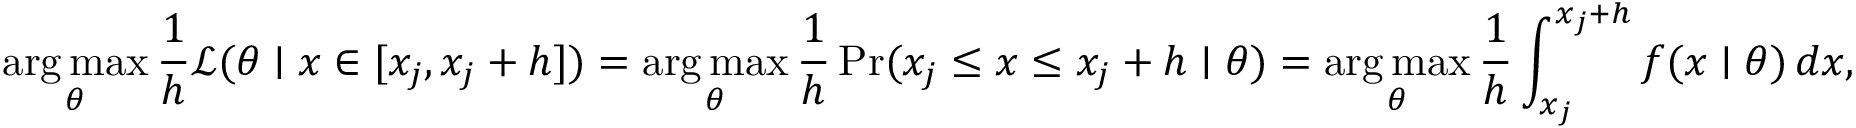
\mathop { \operatorname { a r g \, m a x } } _ { \theta } { \frac { 1 } { h } } { \mathcal { L } } ( \theta \mid x \in [ x _ { j } , x _ { j } + h ] ) = \mathop { \operatorname { a r g \, m a x } } _ { \theta } { \frac { 1 } { h } } \operatorname* { P r } ( x _ { j } \leq x \leq x _ { j } + h \mid \theta ) = \mathop { \operatorname { a r g \, m a x } } _ { \theta } { \frac { 1 } { h } } \int _ { x _ { j } } ^ { x _ { j } + h } f ( x \mid \theta ) \, d x ,